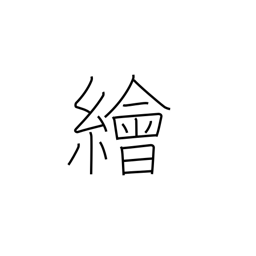
Meaning: painting